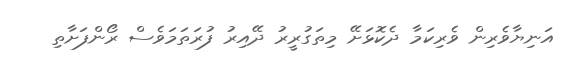
އަނިޔާވެރިން ވެރިކަމާ ދެކޮޅަށޭ މިތަގުރީރު ދޭއިރު ފުރަތަމަވެސް ރޯންފަށާތި